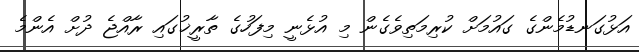
އަޅުގަނޑުމެންގެ ގައުމަށް ކުރިމަތިވެގެން މި އުޅެނީ މިފަހުގެ ތާރީޚުގައި ރާއްޖެ ދުށް އެންމެ